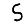
Digit: 5